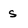
Character: s